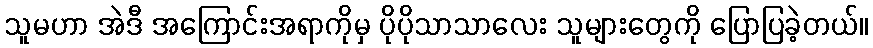
သူမဟာ အဲဒီ အကြောင်းအရာကိုမှ ပိုပိုသာသာလေး သူများတွေကို ပြောပြခဲ့တယ်။